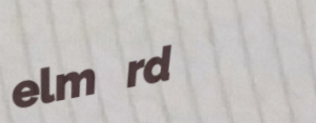
elm rd